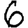
Digit: 6